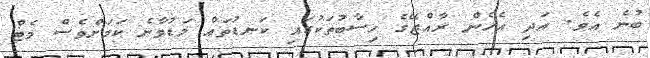
ބުނެ އެވެ. އަދި އެހެން ރާއްޖޭގެ ހިސާބުތަކުގައި ކަނޑުތައް މަޑުވާނެ ކަމަށްވެސް މެޓް